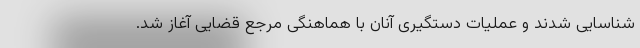
شناسایی شدند و عملیات دستگیری آنان با هماهنگی مرجع قضایی آغاز شد.